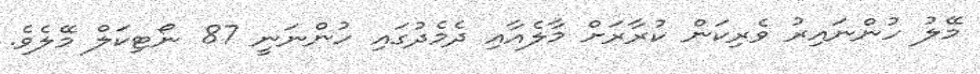
މޭލު ހުންނައިރު ވެރިކަން ކުރާރަށް މާލެއާއި ދެމެދުގައި ހުންނަނީ 87 ނޯޓިކަލް މޭލެވެ.